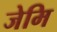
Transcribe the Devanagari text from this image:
जेमि